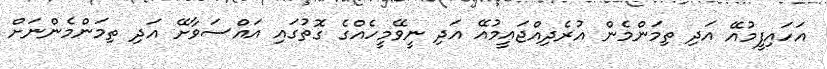
އަހައިފީމުއޭ އަދި ތިމަންމެން އުރެދިއްޖައީމުއޭ އަދި ނީވޭމީހެއްގެ ގޮތުގައި އައްސަވާށޭ އަދި ތިމަންމެންނަށް